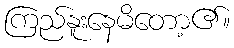
ကြည်နူးနေမိတော့၏။